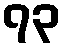
၇၃